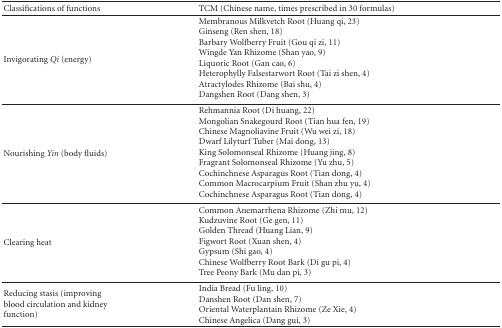
<table><thead><tr><td><b>Classifications of functions</b></td><td><b>TCM (Chinese name, times prescribed in 30 formulas)</b></td></tr></thead><tbody><tr><td>Invigorating <i>Qi</i> (energy)</td><td>Membranous Milkvetch Root (Huang qi, 23)Ginseng (Ren shen, 18)Barbary Wolfberry Fruit (Gou qi zi, 11)Wingde Yan Rhizome (Shan yao, 9)Liquoric Root (Gan cao, 6)Heterophylly Falsestarwort Root (Tai zi shen, 4)Atractylodes Rhizome (Bai shu, 4)Dangshen Root (Dang shen, 3) </td></tr><tr><td>Nourishing <i>Yin</i> (body fluids)</td><td>Rehmannia Root (Di huang, 22)Mongolian Snakegourd Root (Tian hua fen, 19)Chinese Magnoliavine Fruit (Wu wei zi, 18)Dwarf Lilyturf Tuber (Mai dong, 13)King Solomonseal Rhizome (Huang jing, 8)Fragrant Solomonseal Rhizome (Yu zhu, 5)Cochinchnese Asparagus Root (Tian dong, 4)Common Macrocarpium Fruit (Shan zhu yu, 4)Cochinchnese Asparagus Root (Tian dong, 4) </td></tr><tr><td>Clearing heat</td><td>Common Anemarrhena Rhizome (Zhi mu, 12)Kudzuvine Root (Ge gen, 11)Golden Thread (Huang Lian, 9)Figwort Root (Xuan shen, 4)Gypsum (Shi gao, 4)Chinese Wolfberry Root Bark (Di gu pi, 4)Tree Peony Bark (Mu dan pi, 3) </td></tr><tr><td>Reducing stasis (improving blood circulation and kidney function)</td><td>India Bread (Fu ling, 10) Danshen Root (Dan shen, 7)Oriental Waterplantain Rhizome (Ze Xie, 4)Chinese Angelica (Dang gui, 3)</td></tr></tbody></table>